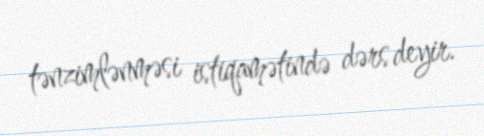
tənzimlənməsi istiqamətində dərs deyir.